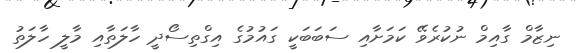
ނިޒާމް ގާއިމް ނުކުރެވޭ ކަމަށާއި ސަބަބަކީ ގައުމުގެ އިގްތިސޯދީ ހާލަތާއި މާލީ ހާލަތު